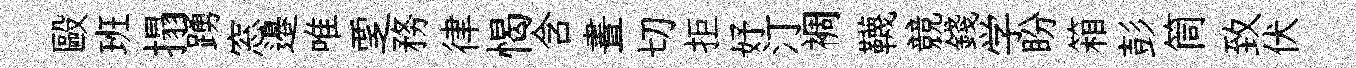
毆班搨踴窓邉唯覂務律愒含晝切拒妤汀裯韈競錢学盼箱彭筒致伏